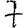
Digit: 7